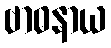
ဗာဓနာယ